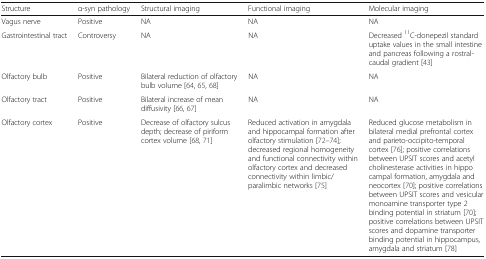
<table><thead><tr><td><b>Structure</b></td><td><b>α-syn pathology</b></td><td><b>Structural imaging</b></td><td><b>Functional imaging</b></td><td><b>Molecular imaging</b></td></tr></thead><tbody><tr><td>Vagus nerve</td><td>Positive</td><td>NA</td><td>NA</td><td>NA</td></tr><tr><td>Gastrointestinal tract</td><td>Controversy</td><td>NA</td><td>NA</td><td>Decreased <sup>11</sup>C-donepezil standard uptake values in the small intestine and pancreas following a rostral-caudal gradient [43]</td></tr><tr><td>Olfactory bulb</td><td>Positive</td><td>Bilateral reduction of olfactory bulb volume [64, 65, 68]</td><td>NA</td><td>NA</td></tr><tr><td>Olfactory tract</td><td>Positive</td><td>Bilateral increase of mean diffusivity [66, 67]</td><td>NA</td><td>NA</td></tr><tr><td>Olfactory cortex</td><td>Positive</td><td>Decrease of olfactory sulcus depth; decrease of piriform cortex volume [68, 71]</td><td>Reduced activation in amygdala and hippocampal formation after olfactory stimulation [72–74]; decreased regional homogeneity and functional connectivity within olfactory cortex and decreased connectivity within limbic/paralimbic networks [75]</td><td>Reduced glucose metabolism in bilateral medial prefrontal cortex and parieto-occipito-temporal cortex [76]; positive correlations between UPSIT scores and acetylcholinesterase activities in hippocampal formation, amygdala and neocortex [70]; positive correlations between UPSIT scores and vesicular monoamine transporter type 2 binding potential in striatum [70]; positive correlations between UPSIT scores and dopamine transporter binding potential in hippocampus, amygdala and striatum [78]</td></tr></tbody></table>